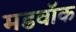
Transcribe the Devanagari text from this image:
मडवॉक